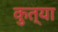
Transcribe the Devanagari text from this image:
कुत्या